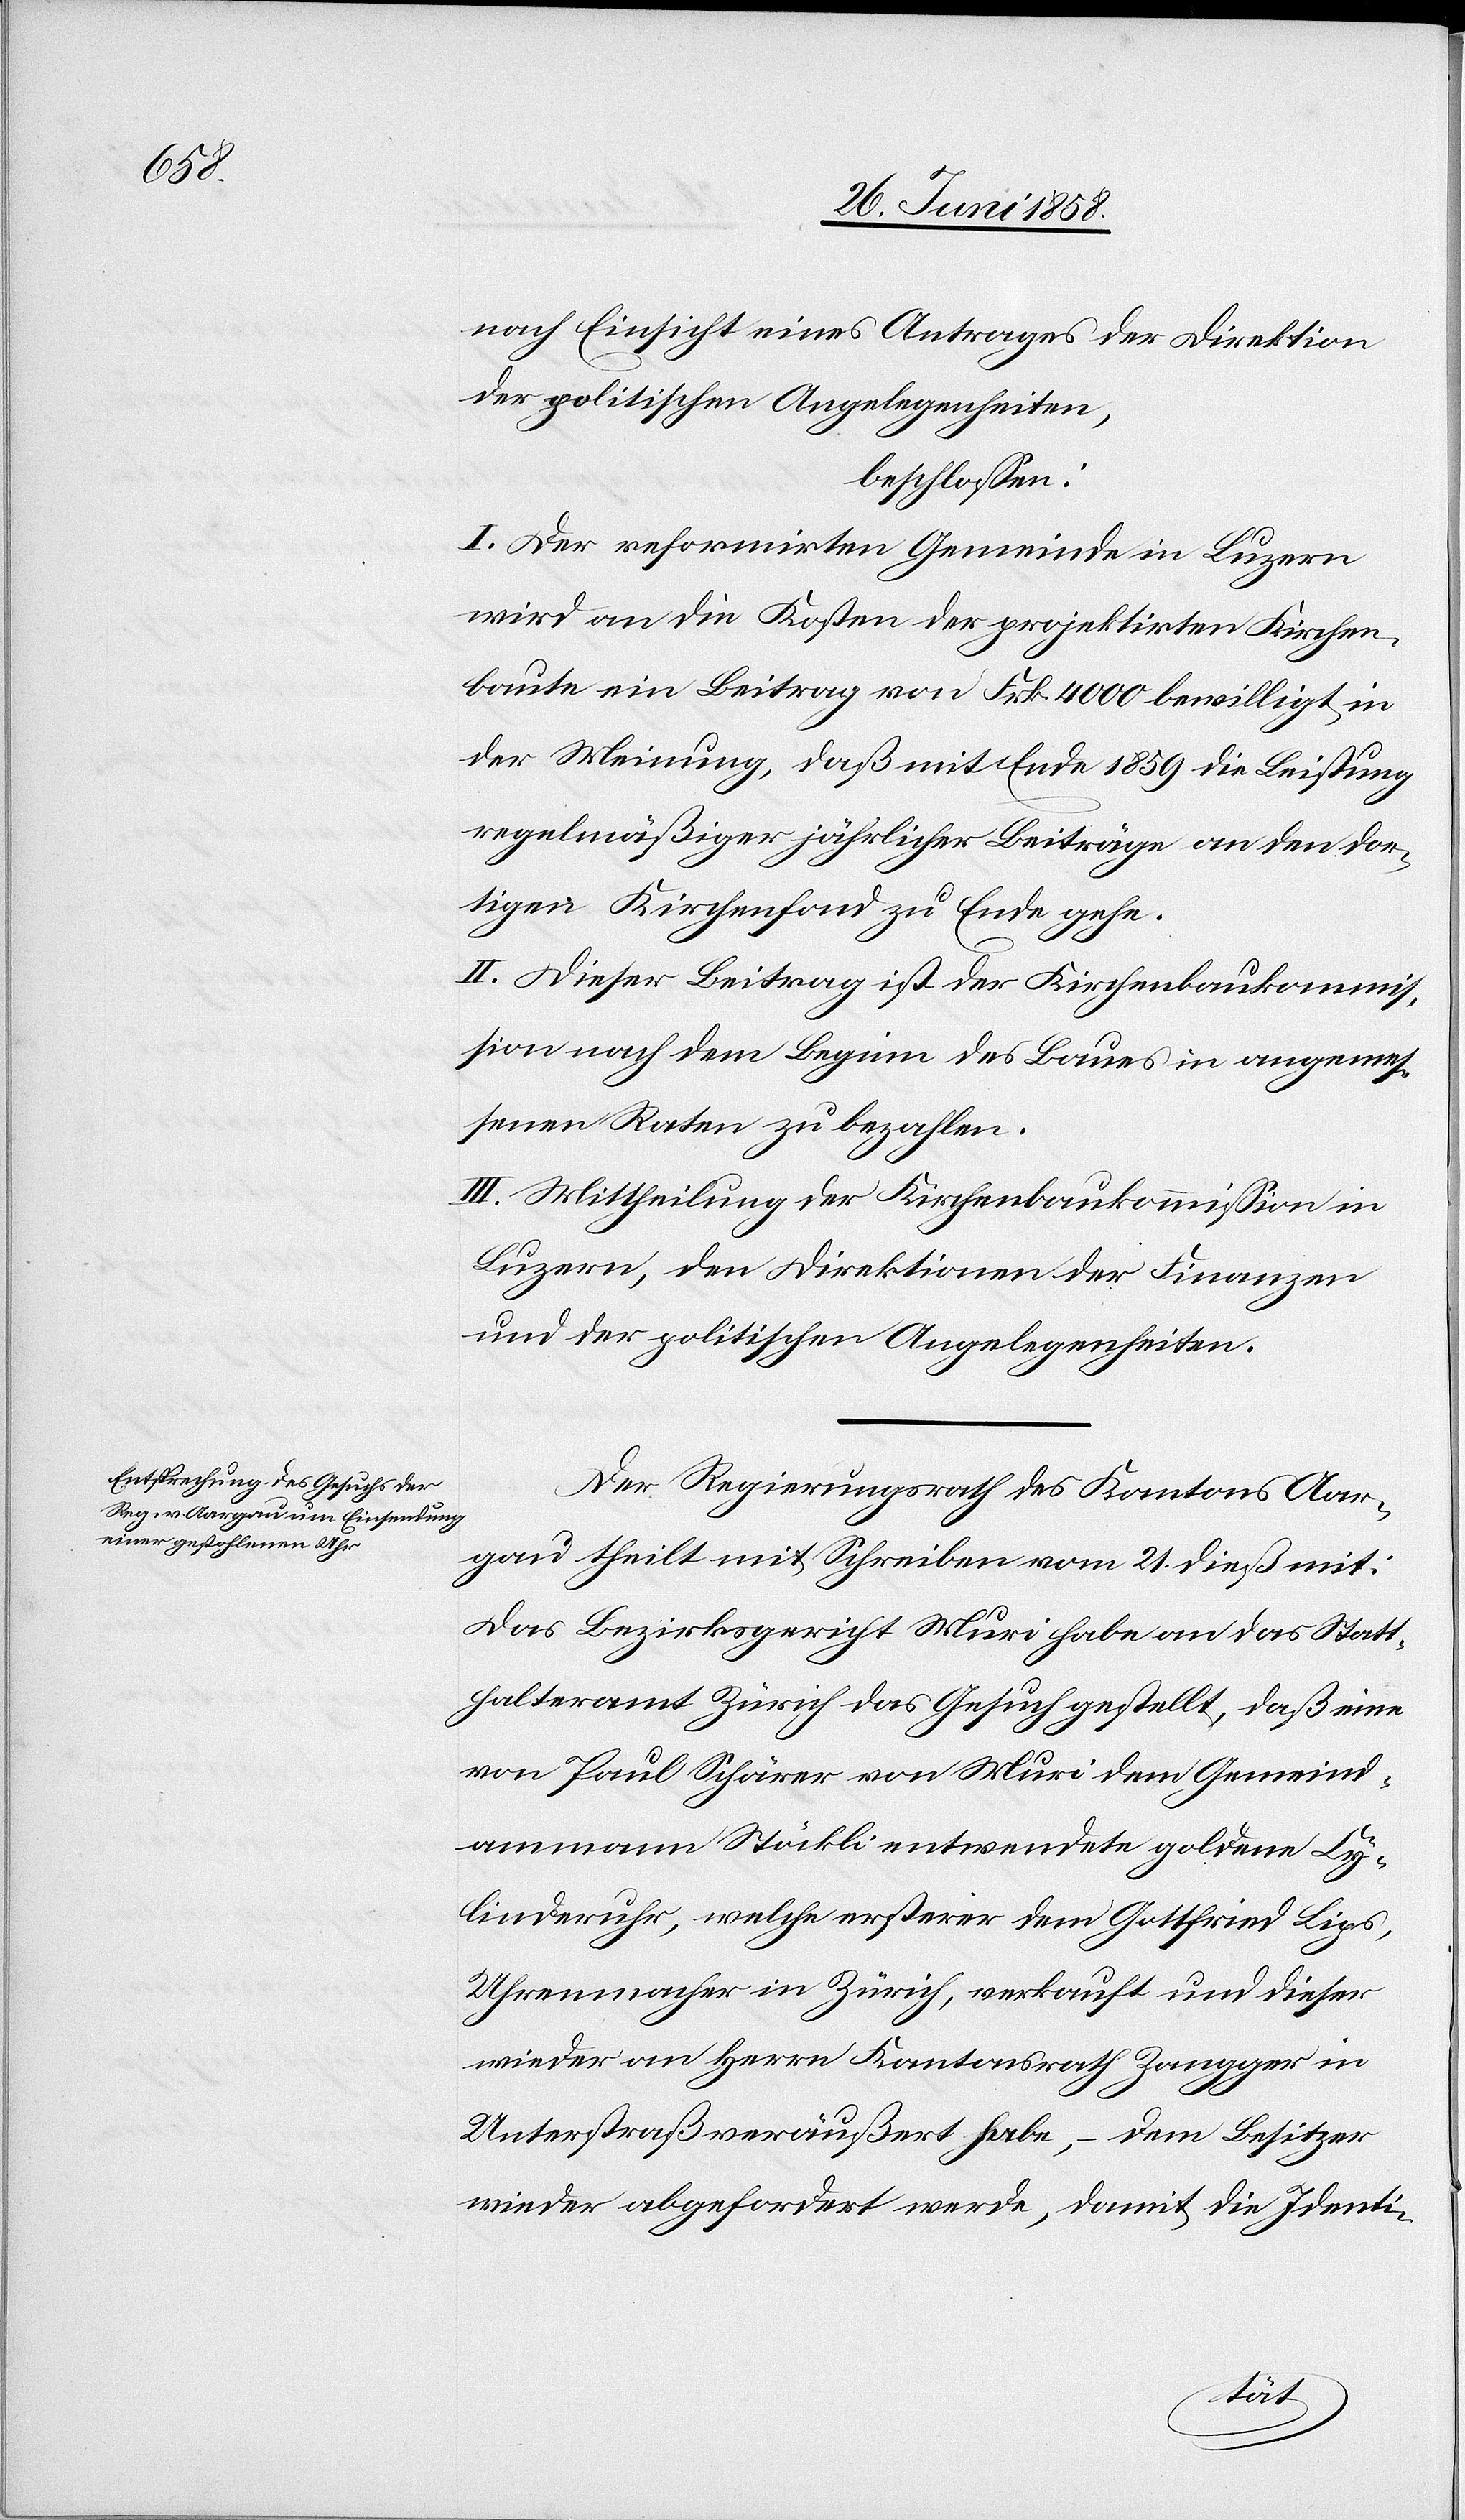
nach Einsicht eines Antrages der Direktion
der politischen Angelegenheiten,
beschlossen:
I. Der reformirten Gemeinde in Luzern
wird an die Kosten der projektirten Kirchen¬
baute ein Beitrag von Frk. 4000 bewilligt, in
der Meinung, daß mit Ende 1859 die Leistung
regelmäßiger jährlicher Beiträge an den dor¬
tigen Kirchenfond zu Ende gehe.
II. Dieser Beitrag ist der Kirchenbaukommis¬
sion nach dem Beginn des Baues in angemes¬
senen Raten zu bezahlen.
III. Mittheilung der Kirchenbaukommission in
Luzern, den Direktionen der Finanzen
und der politischen Angelegenheiten.
Der Regierungsrath des Kantons Aar¬
gau theilt mit Schreiben vom 21. dieß mit:
Das Bezirksgericht Muri habe an das Statt¬
halteramt Zürich das Gesuch gestellt, daß eine
von Paul Schärer von Muri dem Gemeind¬
ammann Stöckli entwendete goldene Cy¬
linderuhr, welche ersterer dem Gottfried Lips,
Uhrenmacher in Zürich, verkauft und dieser
wieder an Herrn Kantonsrath Zangger in
Unterstraß veräußert habe, – dem Besitzer
wieder abgefordert werde, damit die Identi-